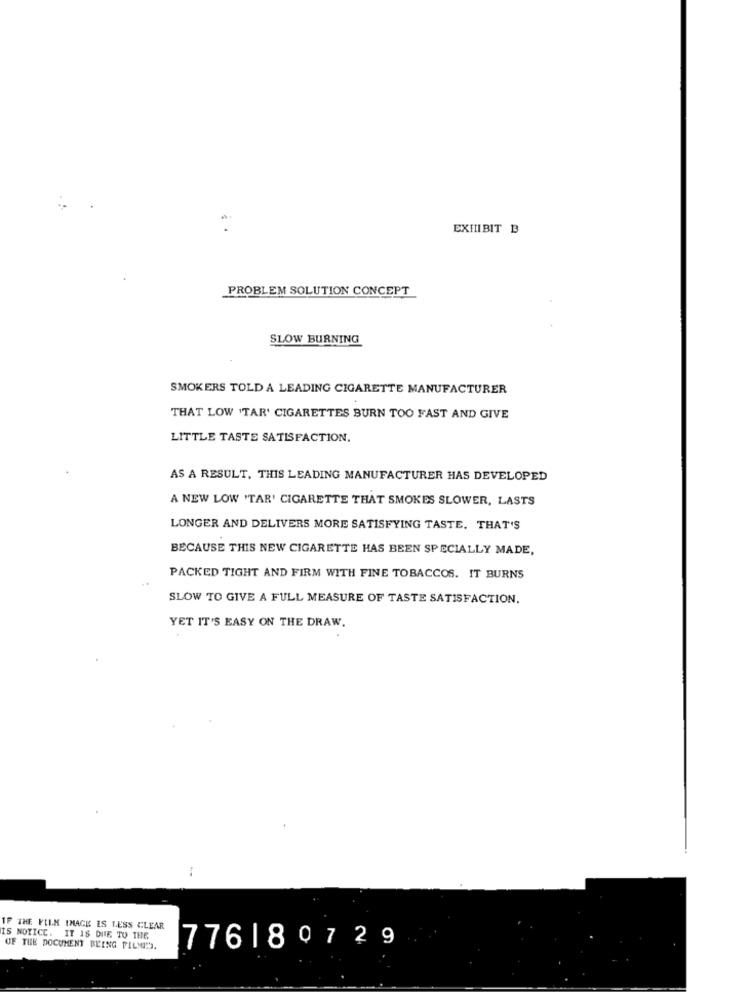
EXHIBIT B
PROBLEM SOLUTION CONCEPT
SLOW BURNING
SMOKERS TOLD A LEADING CIGARETTE MANUFACTURER
THAT LOW 'TAR' CIGARETTES BURN TOO FAST AND GIVE
LITTLE TASTE SATISFACTION.
AS A RESULT, THIS LEADING MANUFACTURER HAS DEVELOPED
A NEW LOW 'TAR' CIGARETTE THAT SMOKES SLOWER, LASTS
LONGER AND DELIVERS MORE SATISFYING TASTE. THAT'S
BECAUSE THIS NEW CIGARETTE HAS BEEN SPECIALLY MADE,
PACKED TIGHT AND FIRM WITH FINE TOBACCOS. IT BURNS
SLOW TO GIVE A FULL MEASURE OF TASTE SATISFACTION.
YET IT'S EASY ON THE DRAW.
IF THE FILM IMAGE IS LESS CLEAR
IS NOTICE. IT IS DUE TO THE
OF THE DOCUMENT BEING FILMD.
776180729